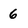
Character: 6